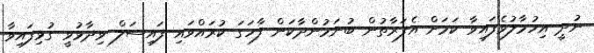
ނުދީ އިހުމާލުވެފައިވާ ކަމަށް އެފަރާތުން ބުނަމުންދާކަން ފާހަގަ ކުރައްވައި ފައިސަލް ވިދާޅުވީ ގުޅިފައިވާ